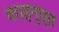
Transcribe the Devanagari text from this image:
वराहगुप्त